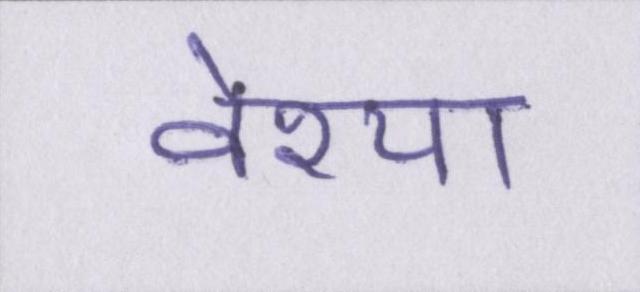
वेश्या